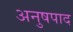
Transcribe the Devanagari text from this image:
अनुषपाद